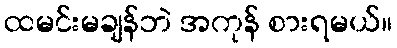
ထမင်းမချန်ဘဲ အကုန် စားရမယ်။